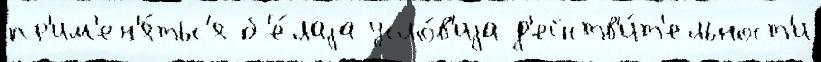
пр'им'ен'я́тьс'я б'е́лаjа усло́в'иjа д'ейств'и́т'ельност'и